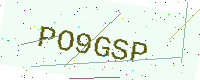
Text: PO9GSP